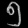
Digit: ၅